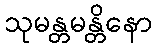
သုမန္တမန္တိနော